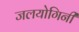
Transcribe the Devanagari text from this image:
जलयोगिनी